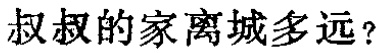
叔叔的家离城多远？